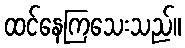
ထင်နေကြသေးသည်။